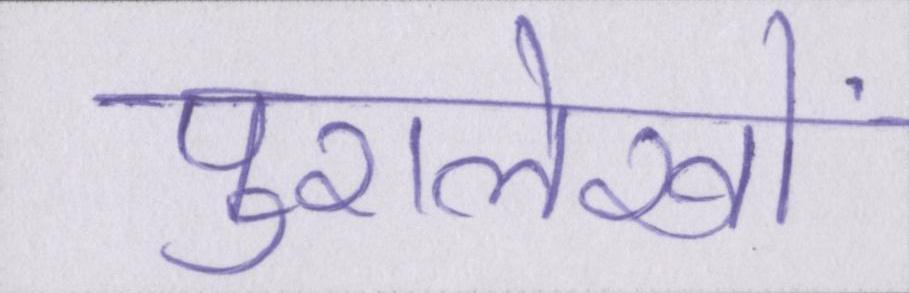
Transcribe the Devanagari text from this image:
पुरालेखों